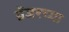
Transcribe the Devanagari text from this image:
ग्रेंजरच्या